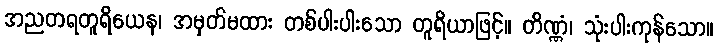
အညတရတူရိယေန၊ အမှတ်မထား တစ်ပါးပါးသော တူရိယာဖြင့်။ တိဏ္ဏံ၊ သုံးပါးကုန်သော။